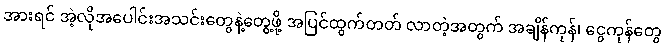
အားရင် အဲ့လိုအပေါင်းအသင်းတွေနဲ့တွေ့ဖို့ အပြင်ထွက်တတ် လာတဲ့အတွက် အချိန်ကုန်၊ ငွေကုန်တွေ